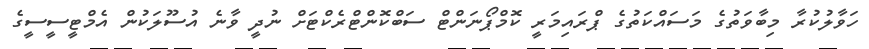
ހަވާލުކުރާ މިބާވަތުގެ މަސައްކަތުގެ ޕްރައިމަރީ ކޮމްޕޯނަންޓް ސަބްކޮންޓްރެކްޓަށް ނުދީ ވާނެ އުސޫލަކުން އެމްޓީސީސީގެ